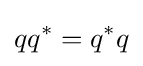
qq^{*}=q^{*}q